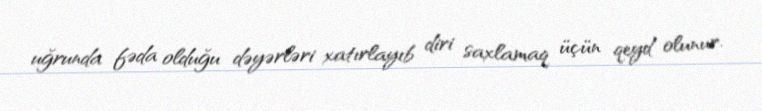
uğrunda fəda olduğu dəyərləri xatırlayıb diri saxlamaq üçün qeyd olunur.